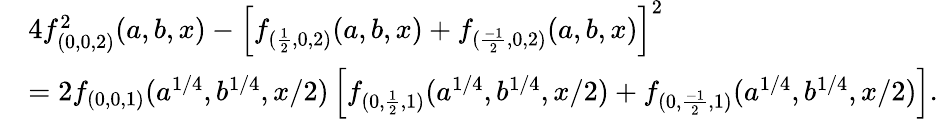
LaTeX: \begin{array}{rl}&{4f_{(0,0,2)}^{2}(a,b,x)-\left[f_{(\frac{1}{2},0,2)}(a,b,x)+f_{(\frac{-1}{2},0,2)}(a,b,x)\right]^{2}}\\ &{=2f_{(0,0,1)}(a^{1/4},b^{1/4},x/2)\left[f_{(0,\frac{1}{2},1)}(a^{1/4},b^{1/4},x/2)+f_{(0,\frac{-1}{2},1)}(a^{1/4},b^{1/4},x/2)\right].}\end{array}